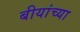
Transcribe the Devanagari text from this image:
बीयांच्या